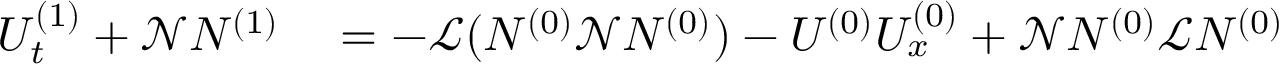
\begin{array} { r l } { U _ { t } ^ { ( 1 ) } + \mathscr { N } N ^ { ( 1 ) } } & { { } = - \mathscr { L } ( N ^ { ( 0 ) } \mathscr { N } N ^ { ( 0 ) } ) - U ^ { ( 0 ) } U _ { x } ^ { ( 0 ) } + \mathscr { N } N ^ { ( 0 ) } \mathscr { L } N ^ { ( 0 ) } } \end{array}